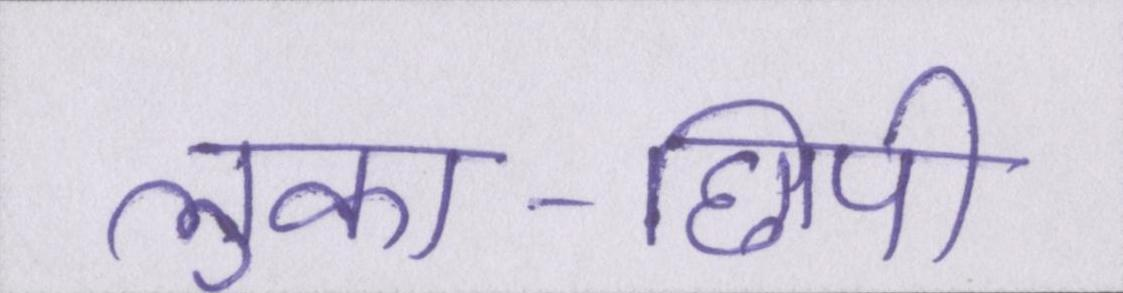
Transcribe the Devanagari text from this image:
लुका-छिपी